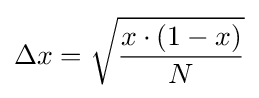
\Delta x={\sqrt {\frac {x\cdot (1-x)}{N}}}